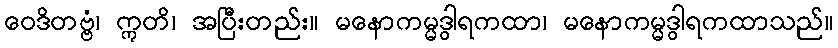
ဝေဒိတဗ္ဗံ၊ ဣတိ၊ အပြီးတည်း။ မနောကမ္မဒွါရကထာ၊ မနောကမ္မဒွါရကထာသည်။